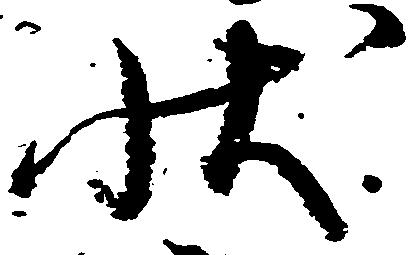
状